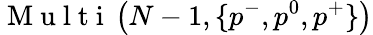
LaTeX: \mathrm{~M~u~l~t~i~}\left(N-1,\{ p^{-},p^{0},p^{+}\} \right)